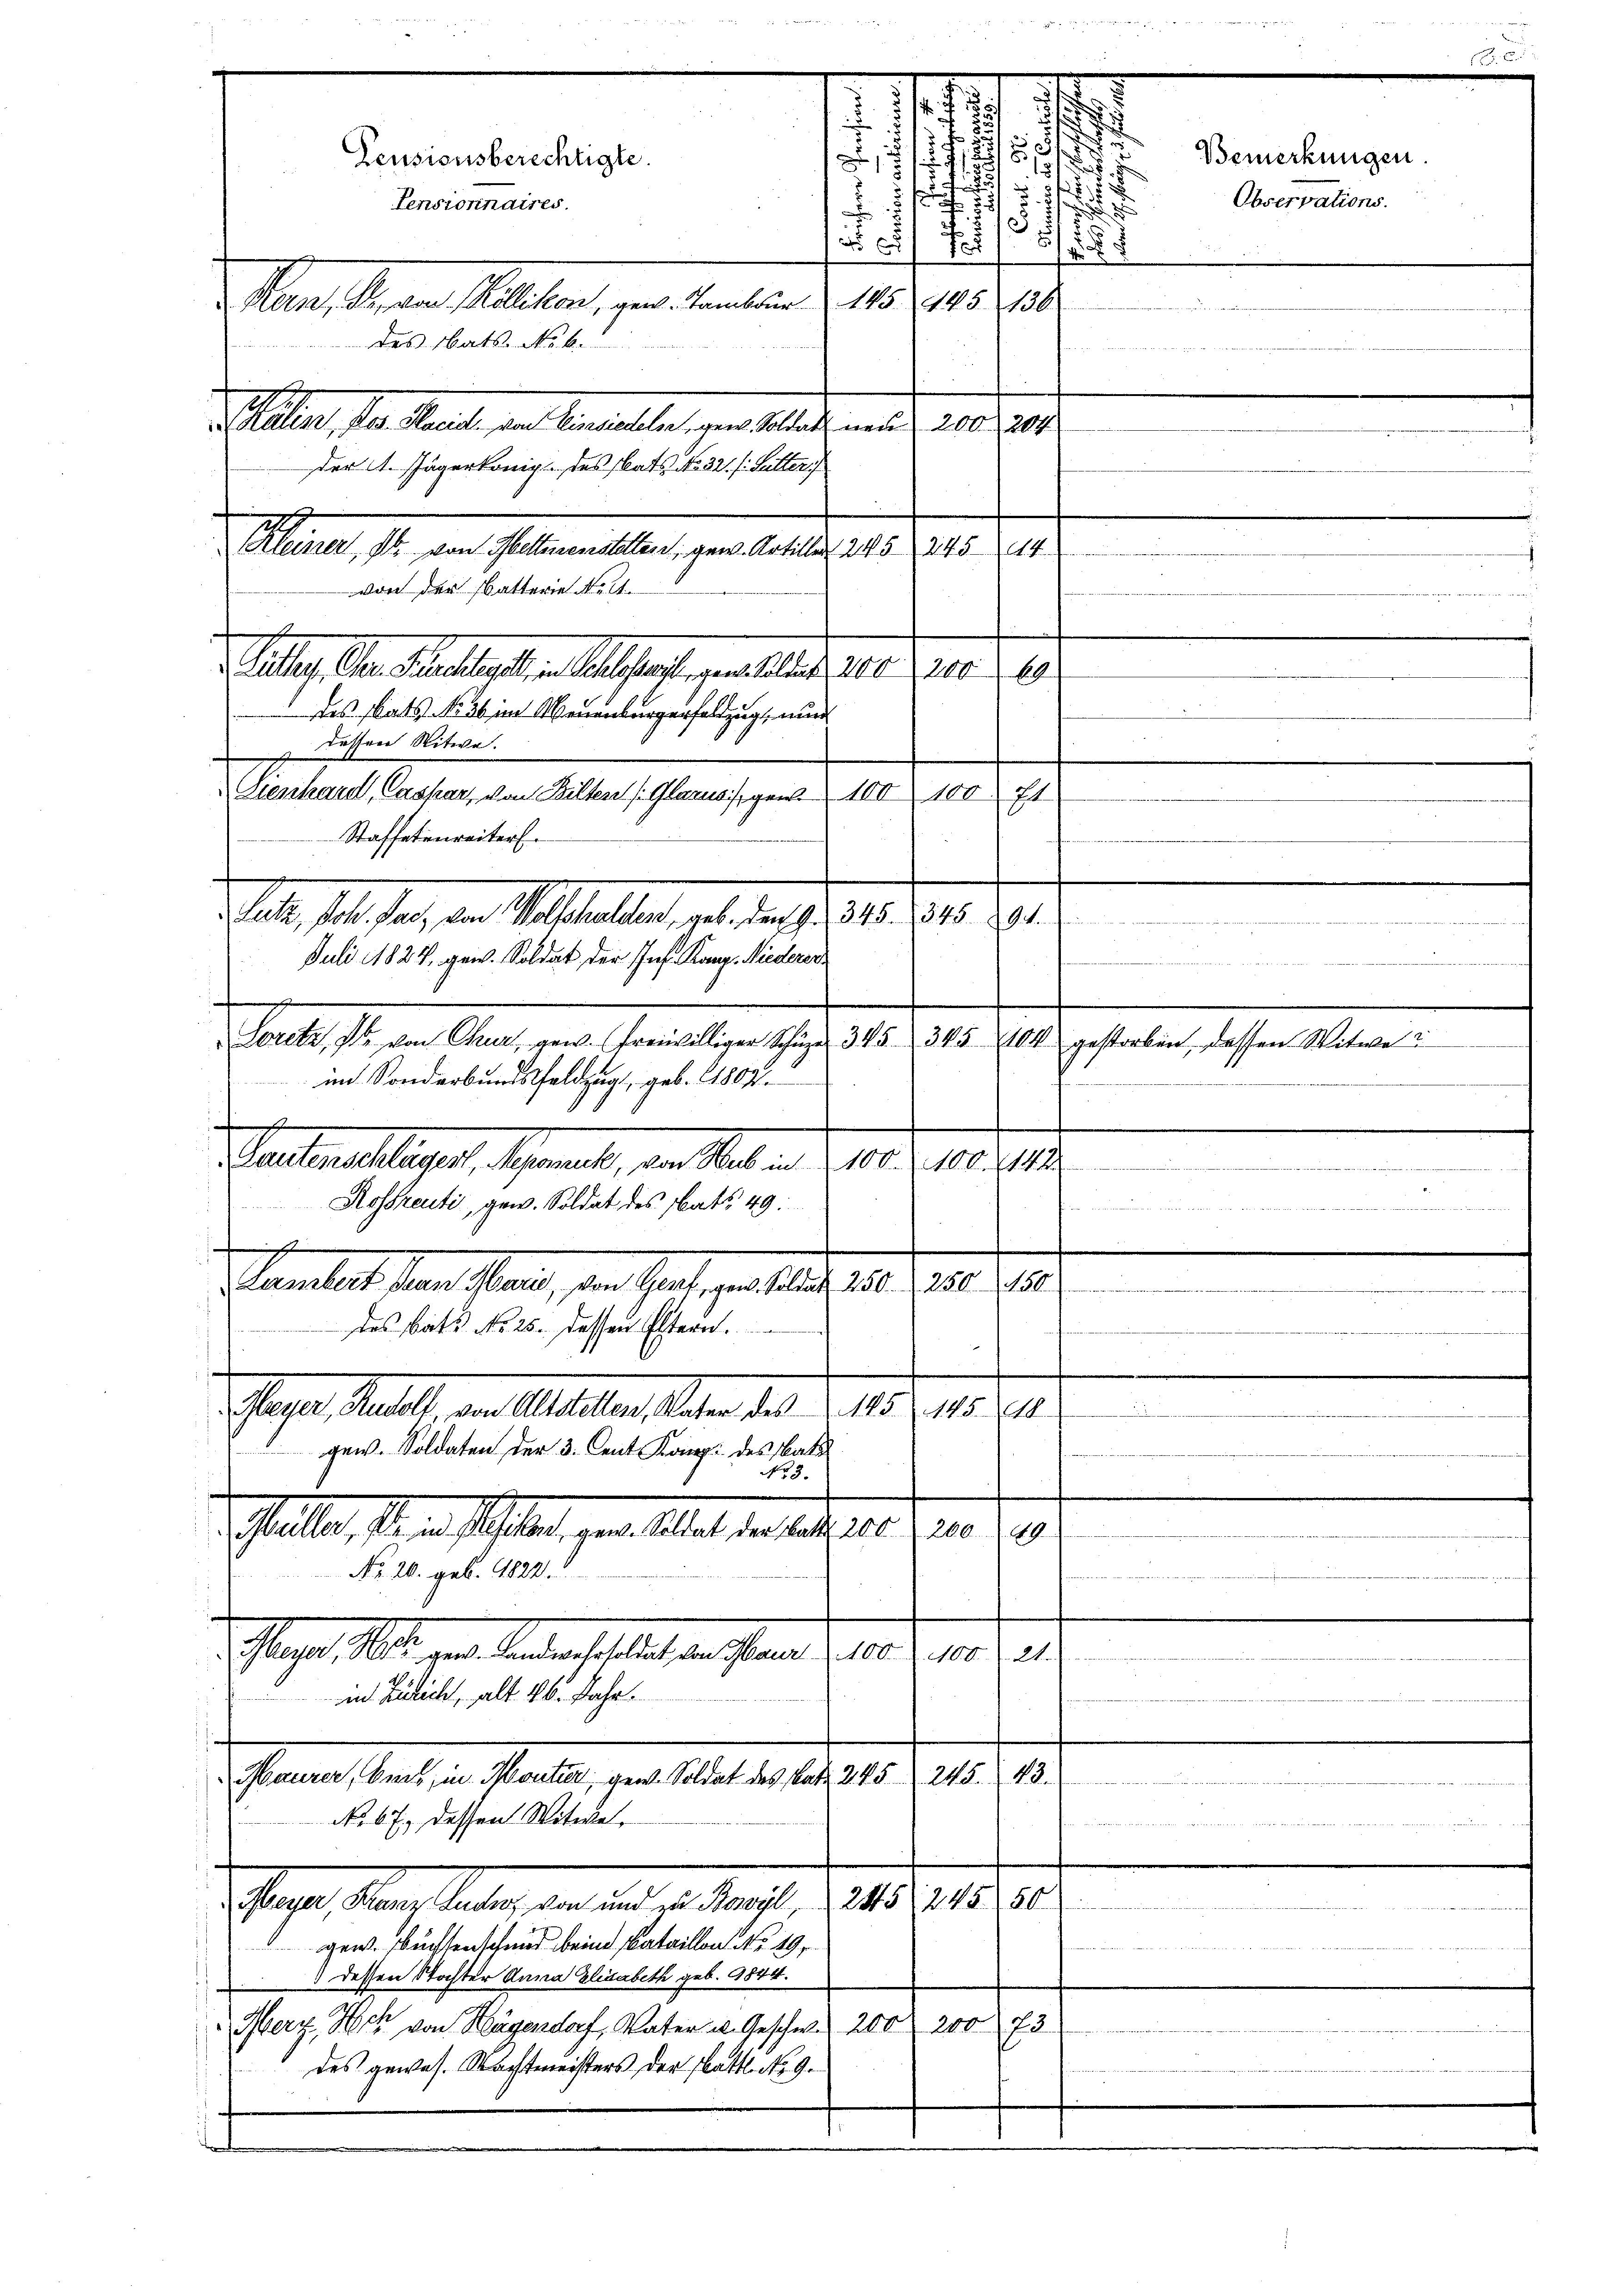
ale, als aus der Statthalten, als der 1910.
Juli 1827, gew. Soldat der Jos. Kanz. Niederer
Loretz, da von Chur, gew. Freiwilliger Schüz 345. 345 104 gestorben, dessen Witwe
im Sonderbundsfeldzug, geb. 1809.
f
Weichnelliger, Schmack, von der . . 10. 10, 18
Rosfreute, gew. Soldat des Rats 49.
Pendet sein Plane, von That er auf 10. 1810. J
des Bats No 25. dessen Eltern.

Gager Stellt, der Abstalten aber den d. 125.
aste
gew. Soldaten der 3. Cent Korps des Vate
No 3.
 Galle, seine flat, gen. Aber der auf 10. Fr. 119.
No. 20. geb. 1822.
Flege. Alle der Landerselbst anstand 10. 10. 11.
in Zürich, alt 26. Jahr
a
Gener stadt in Fall, der Abhalter 1901. 21.
No. 67. dessen Witwe,
Gage, den aber den ad 1. Aufl. 1145. 218. 12
gen. Buchtenschmid beim Bataillon No 19.
dessen Stochter Anna Elisabeth geb. 1844.
Merz, Noch von Hagendorf, Vater u. Geschw. 200, 200 73
des gewes. Nachtmeisters der Platt No. 9.

1
.
.
s

.
5

1815
Pensionsberechtigte.
s
1
Ju
i
2.5
.
Pensionnaires.

3
No 68) E
d. Kern, K. von Köllikon, gew. Tambour 145. 445 136
des Rats No 6.
ter, der Manus, den Verstelle geratelalte und 108. 204.
der 1. Jägerkonig des tats No. 32. s. Lutter
Mauren, in den Planetter, er deutlichert. 101. 74.
von der Batterie Neltaag der Marthalten. Als erste er aber 1810. 1910.
64
des stats No 36 im Neuenburgerfeldzug, und
d
 dessen Nitwe.

Lienhard, Caspar, von Bilten (Glarus, gen 100. 100 fl
Staffetenreiter.

.

31

Bemerkungen
Observations.

g
2 des Haus des Wette der der